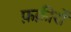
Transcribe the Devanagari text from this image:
फ़क़ीरों